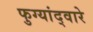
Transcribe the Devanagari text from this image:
फुग्यांद्वारे